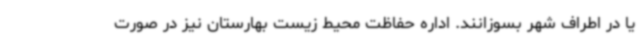
یا در اطراف شهر بسوزانند. اداره حفاظت محیط زیست بهارستان نیز در صورت